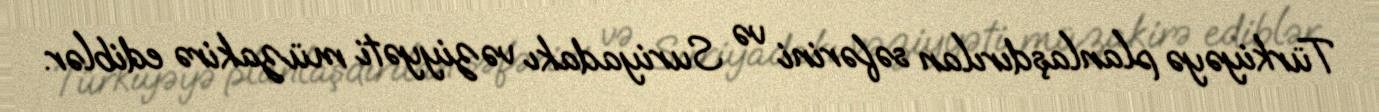
Türkiyəyə planlaşdırılan səfərini və Suriyadakı vəziyyəti müzakirə ediblər.